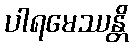
ပါရမေဿန္တိ